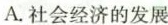
A.社会经济的发展